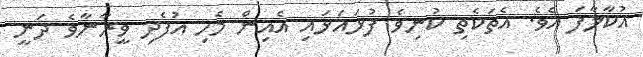
އުކާލާފަ އެވެ. އެތަކެތި ކުނިވެ ފުޅައަޅައި އެއިން މެހި އުފެދި ވީރާނާވެ ދަނީ